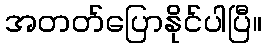
အတတ်ပြောနိုင်ပါပြီ။